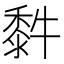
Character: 䵓